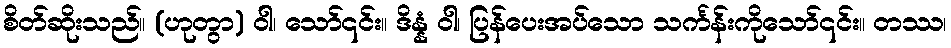
စိတ်ဆိုးသည်။ (ဟုတွာ) ဝါ၊ သော်၎င်း။ ဒိန္နံ ဝါ၊ ပြန်ပေးအပ်သော သင်္ကန်းကိုသော်၎င်း။ တဿ၊